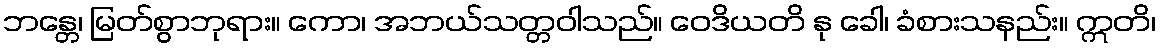
ဘန္တေ၊ မြတ်စွာဘုရား။ ကော၊ အဘယ်သတ္တဝါသည်။ ဝေဒိယတိ နု ခေါ၊ ခံစားသနည်း။ ဣတိ၊